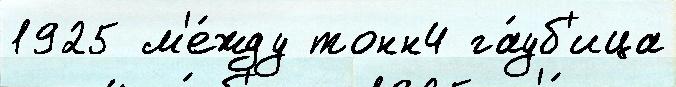
1925 м'е́жду тонн4 га́уб'ица